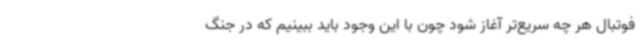
فوتبال هر چه سریع‌تر آغاز شود چون با این وجود باید ببینیم که در جنگ